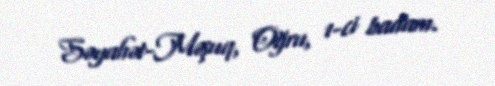
Səyahət-Məşuq, Oğru, 1-ci badam.